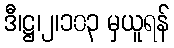
ဒီ၊ဋ္ဌ၊၂၊၁၀၃ မှယူရန်